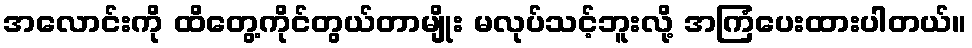
အလောင်းကို ထိတွေ့ကိုင်တွယ်တာမျိုး မလုပ်သင့်ဘူးလို့ အကြံပေးထားပါတယ်။